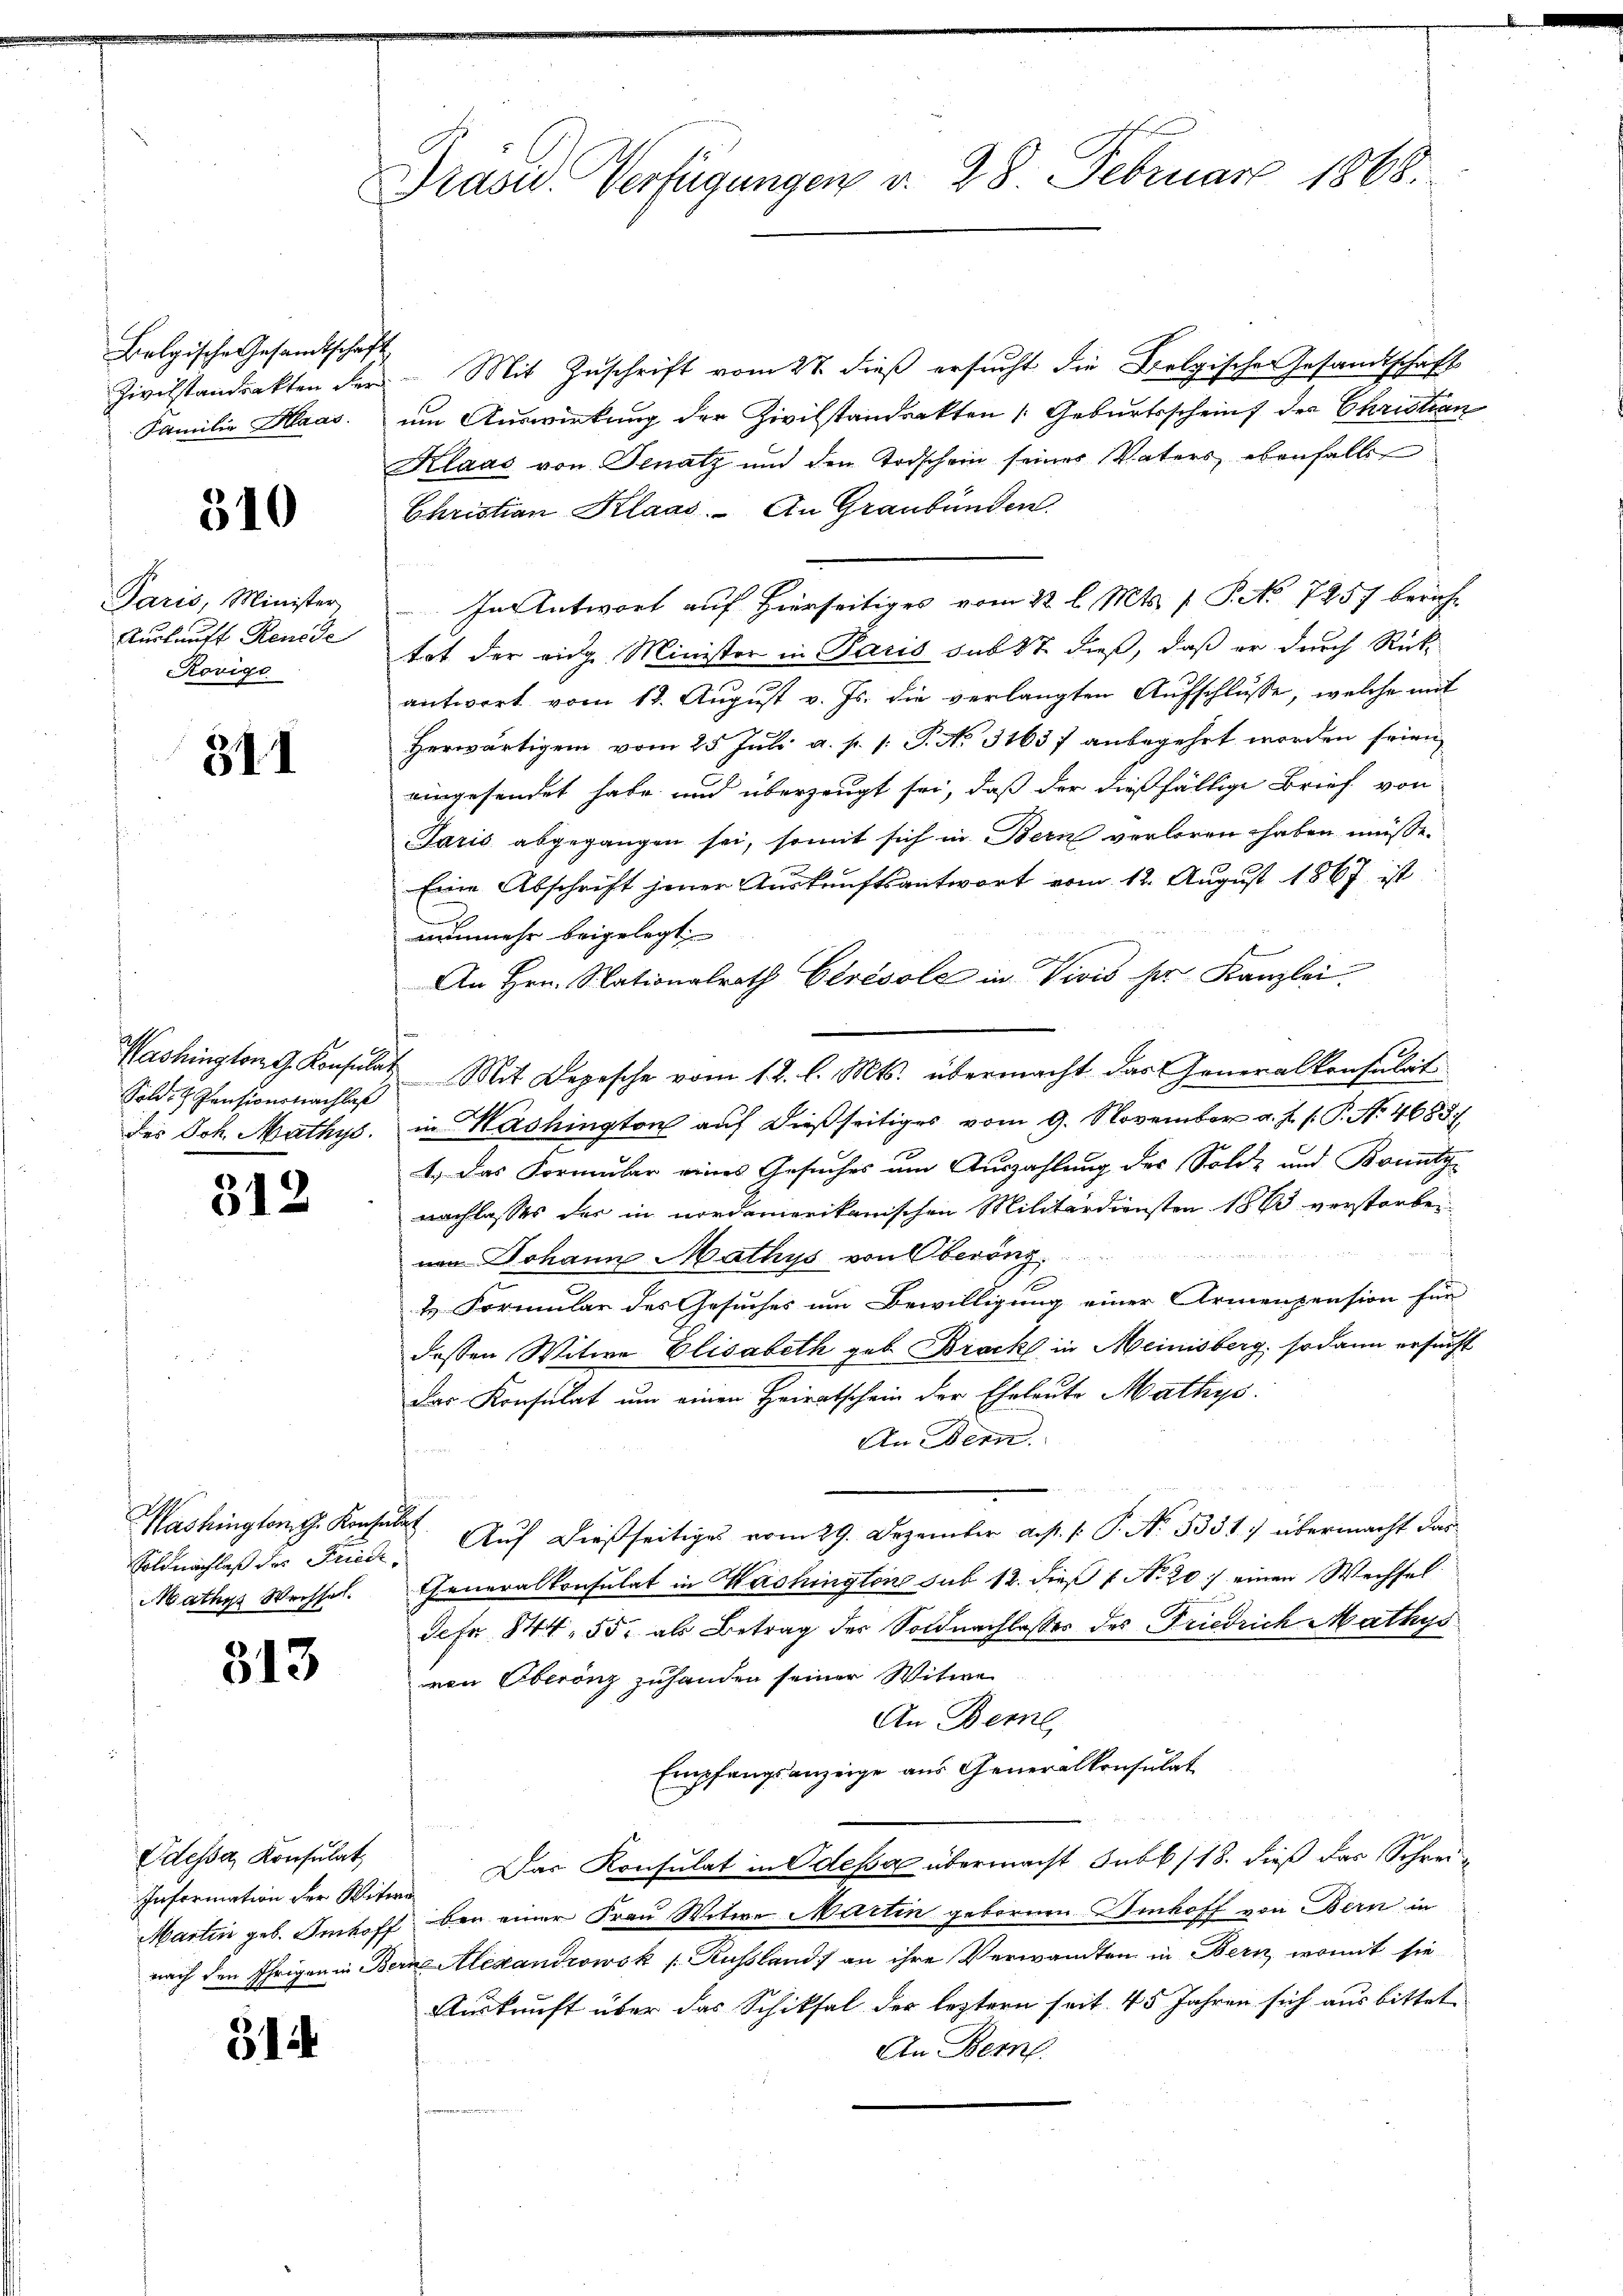
Bolgische Gesandtschaft

310

Paris, Minister
Auskunft Reuede
Körige

311

Sold Pensionsnachlaß

312

Washington, G. Konsulat
Soldnachlaß des Friedi¬
Mathys Wechsel.

313

Odessa, Konsulat
Information der Witwe

314

Präsid. Verfügungen d. 28. Februar 1868.

Zivilstandsakten der Mit Zuschrift vom 27. dieß ersucht die Belgische Gesandtschaft
Familie Haas, um Auswirkung der Zivilstandsakten (Geburtsscheint der Christian
Klaas von Senatz und den Todschein seines Vaters ebenfalls
Christian Klaas. An Graubünden.
In Antwort auf Hierseitiges vom 22. l. Mts. f. P. No 7257 berichtät der eidg. Minister in Paris sub 87 dieß, daß er durch Rück-
antwort vom 12. August v. Js. die verlangten Aufschlusse, welche mit
Herwärtigen vom 25. Juli a. p. 1. P. No. 31637 anbegehrt worden seien
eingesendet habe und überzeugt sei, daß der dießfällige Brief von
Jaris abgegangen sei, somit sich in Bern verloren haben müsse.
Eine Abschrift jener Auskunftsantwort vom 12. August 1867 ist
nunmehr beigelegt,
An Hrn. Nationalrath Ctrésole in Vivis her Kanzlei.
Washington G. Konsulat Mit Depesche vom 12. l. Mts. übermacht das Generalkonsulat
des Joh. Mathys. in Mashington auf dießseitiges vom 9. November v. J. s. P. Nr. 4688/
1.) Das Formular eines Gesuches um Auszahlung des Solde und Bounty-
nachlasses der in nordamerikanischen Militärdiensten 1863 verstorben
 44 des
nem Johann Mathys von Oberöng
4 Formular des Gesuches um Bewilligung einer Armenpension für
dessen Witwe Elisabeth geb. Brock in Meinisberg, sodann ersucht
Das Konsulat um einen Heiratschein der Eheleute Mathys
An Bern.
Auf dießseitiges vom 29. Dezember a. s. f. P. No. 5351) übermacht das¬
Generalkonsulat in Hashingtone sub 12. dieß f No 20. / einen Wechsel
Jefr 844. 55, als Betrag der Soldnachlasses des Friedrich Mathys
von Oberönz zuhanden seiner Witwe
An Berne
Empfangsanzeige aus Generalkonsulat
Das Konsulat in Odessa übermacht Subb/18. dieß das Schrei¬
Martin geb. Imhoff bei einer Frau Witwe Martin gebornen Imhoff von Bern in
nach den Ehrigen in Berne Alexandrowsk / Russland an ihre Verwandten in Bern, womit sie
Auskunft über das Schiksal der leztern seit 45 Jahren sich aus bittet
An Berne